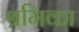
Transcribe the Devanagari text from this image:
श्रमिका